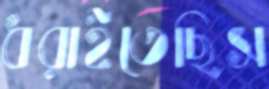
ধরাইতেছিস